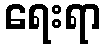
ရေးရာ